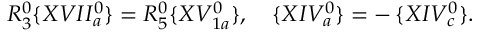
R _ { 3 } ^ { 0 } \{ X V I I _ { a } ^ { 0 } \} = R _ { 5 } ^ { 0 } \{ X V _ { 1 a } ^ { 0 } \} , \quad \{ X I V _ { a } ^ { 0 } \} = - \, \{ X I V _ { c } ^ { 0 } \} .